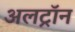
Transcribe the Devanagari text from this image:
अलट्राॅन